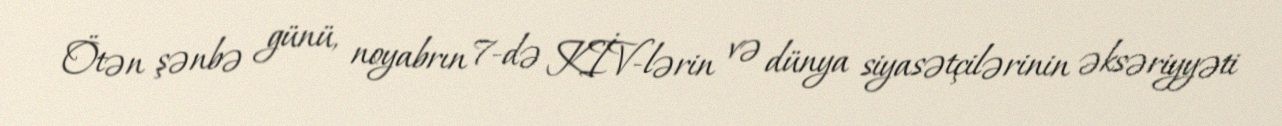
Ötən şənbə günü, noyabrın 7-də KİV-lərin və dünya siyasətçilərinin əksəriyyəti